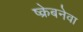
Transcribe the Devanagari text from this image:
ष्क्रेबनेवा